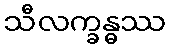
သီလက္ခန္ဓဿ